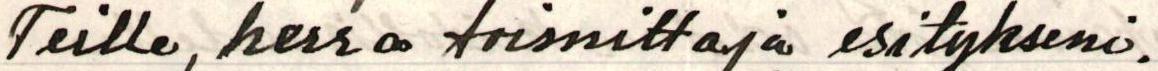
Teille, herra toimittaja esitykseni.